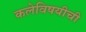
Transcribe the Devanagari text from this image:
कलेविषयीची